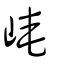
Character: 𡹮